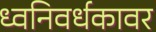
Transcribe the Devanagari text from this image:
ध्वनिवर्धकावर